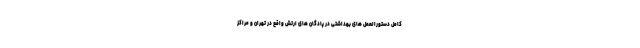
کامل دستورالعمل های بهداشتی در پادگان های ارتش واقع در تهران و مراکز